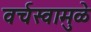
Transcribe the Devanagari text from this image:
वर्चस्वामुळे